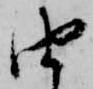
由